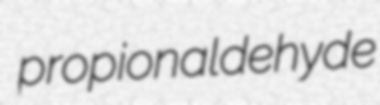
propionaldehyde